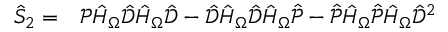
\begin{array} { r l } { \hat { S } _ { 2 } = } & { { } \mathcal { P } \hat { H } _ { \Omega } \hat { \mathcal { D } } \hat { H } _ { \Omega } \hat { \mathcal { D } } - \hat { \mathcal { D } } \hat { H } _ { \Omega } \hat { \mathcal { D } } \hat { H } _ { \Omega } \hat { \mathcal { P } } - \hat { \mathcal { P } } \hat { H } _ { \Omega } \hat { \mathcal { P } } \hat { H } _ { \Omega } \hat { \mathcal { D } } ^ { 2 } } \end{array}